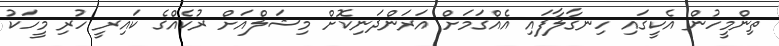
ތިންމީހުން އެކީގައި ހިނގާލާފައި އެއްގަމަށް އަރަންދަނިކޮށް މިޝަލްއަށް ރުކެއްގެ ކައިރީ ހުރި މީހަކު